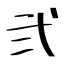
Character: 弐